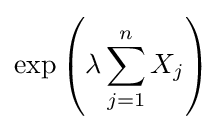
\exp \left(\lambda \sum _{j=1}^{n}X_{j}\right)